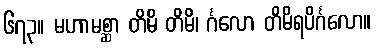
၆၇၃။ မဟာမစ္ဆာ တိမိ တိမိ၊ င်္ဂလော တိမိရပိင်္ဂလော။